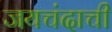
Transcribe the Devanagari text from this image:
जयचंदाची